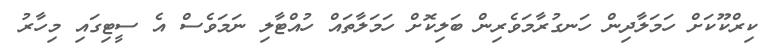
ކިރްކޫކަށް ހަމަލާދިން ހަނގުރާމަވެރިން ބަލިކޮށް ހަމަލާތައް ހުއްޓާލި ނަމަވެސް އެ ސީޓިގައި މިހާރު